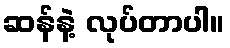
ဆန်နဲ့ လုပ်တာပါ။